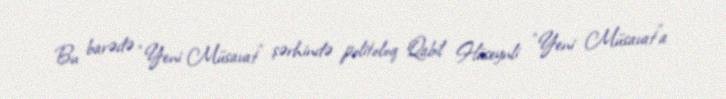
Bu barədə “Yeni Müsavat” şərhində politoloq Qabil Hüseynli “Yeni Müsavat”a